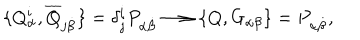
LaTeX: \{ Q _ { \alpha } ^ { i } , \overline { { Q } } _ { j \dot { \beta } } \} = \delta _ { j } ^ { i } P _ { \alpha \dot { \beta } } \longrightarrow \{ Q , G _ { \alpha \beta } \} = P _ { \alpha \dot { \beta } } ,